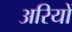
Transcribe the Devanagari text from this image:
अरियों